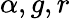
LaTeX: \alpha,g,r